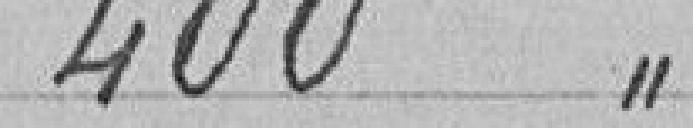
400 "